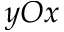
y O x